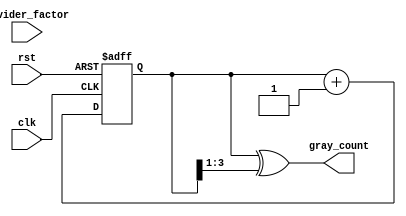
module gray_counter_clock_divider #(
    parameter COUNTER_WIDTH = 4
)(
    input wire clk,
    input wire rst,
    input wire [7:0] divider_factor,
    output reg [COUNTER_WIDTH-1:0] gray_count
);

reg [COUNTER_WIDTH-1:0] count;

always @(posedge clk or posedge rst) begin
    if (rst) begin
        count <= 0;
    end else begin
        count <= count + 1;
    end
end

always @(count) begin
    gray_count <= count ^ (count >> 1);
end

endmodule